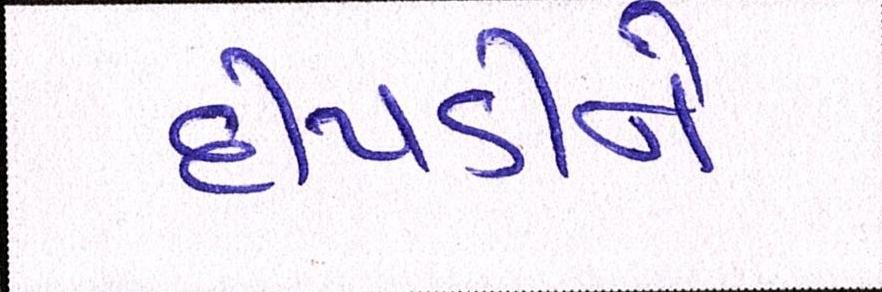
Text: દીપડીને